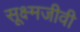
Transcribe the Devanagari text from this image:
सूक्ष्‍मजीवी